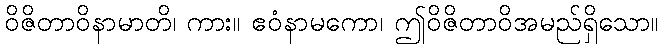
ဝိဇိတာဝိနာမာတိ၊ ကား။ ဧဝံနာမကော၊ ဤဝိဇိတာဝိအမည်ရှိသော။